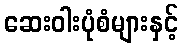
ဆေးဝါးပုံစံများနှင့်